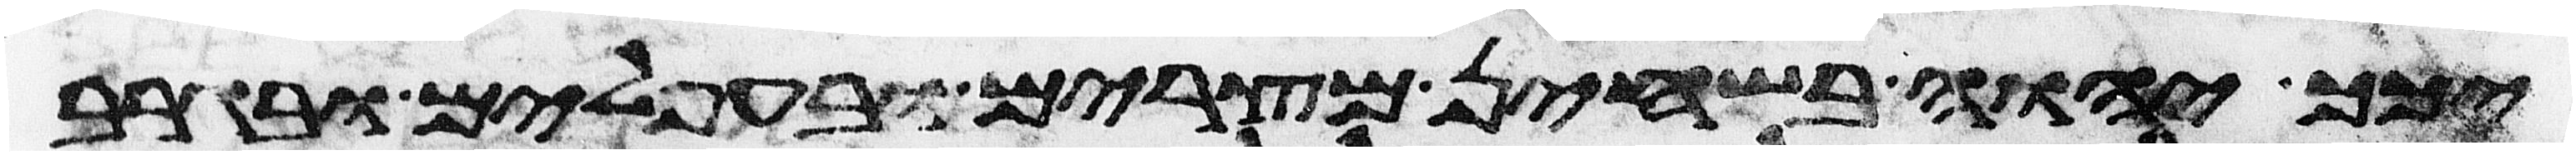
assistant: יכך יהוה בשחין מצרים ובעפלים ובגרב